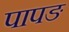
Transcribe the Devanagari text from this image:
पापङ